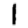
Digit: 1